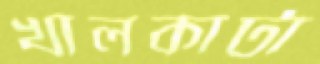
খালকাটা